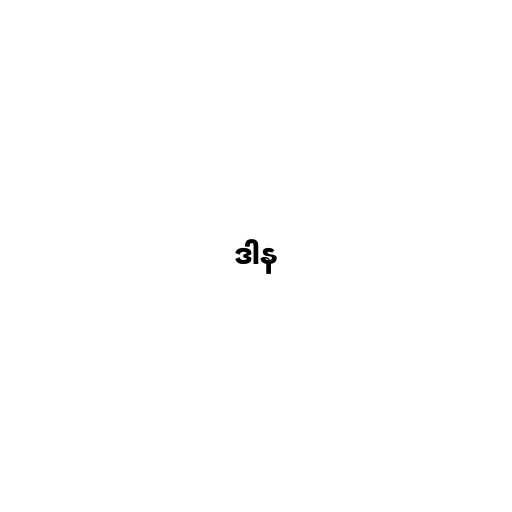
ဒါန